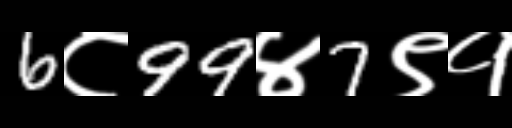
Text: 6८99४7९१